Sketch of the medical history of the native army of Bombay, for the year
Year: 1872
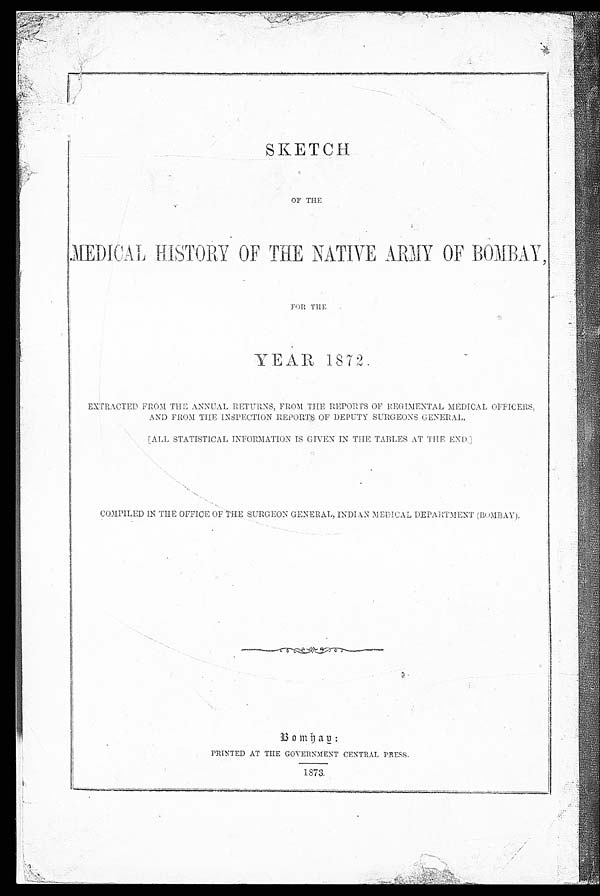
SKETCH
OF THE
MEDICAL HISTORY OF THE NATIVE ARMY OF BOMBAY ,
FOR THE
YEAR 1872.
EXTRACTED FROM THE ANNUAL RETURNS, FROM THE REPORTS OF REGIMENTAL MEDICAL OFFICERS,
AND FROM THE INSPECTION REPORTS OF DEPUTY SURGEONS GENERAL.
[ALL STATISTICAL INFORMATION IS GIVEN IN THE TABLES AT THE END.]
COMPILED IN THE OFFICE OF THE SURGEON GENERAL, INDIAN MEDICAL DEPARTMENT (BOMBAY).
PRINTED AT THE GOVERNMENT CENTRAL PRESS.
1873.